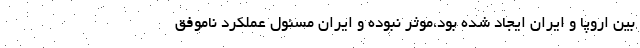
بین اروپا و ایران ایجاد شده بود،موثر نبوده و ایران مسئول عملکرد ناموفق